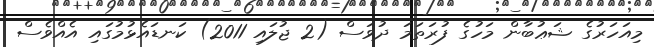
މިއަހަރުގެ ޝަޢުބާން މަހުގެ ފުރަތަމަ ދުވަސް (2 ޖުލައި 2011) ކަނޑައެޅުމުގައި އެއްވެސް